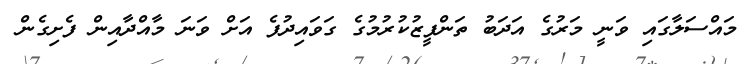
މައްސަލާގައި ވަނީ މަރުގެ އަދަބު ތަންފީޒުކުރުމުގެ ގަވައިދުފެ އަށް ވަނަ މާއްދާއިން ފެށިގެން